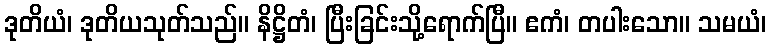
ဒုတိယံ၊ ဒုတိယသုတ်သည်။ နိဋ္ဌိတံ၊ ပြီးခြင်းသို့ရောက်ပြီ။ ဧကံ၊ တပါးသော။ သမယံ၊